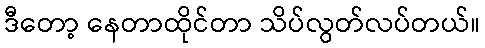
ဒီတော့ နေတာထိုင်တာ သိပ်လွတ်လပ်တယ်။